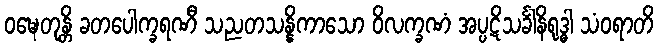
ဝဍ္ဎေတုန္တိ ခတပေါက္ခရဏီ သညတသန္နိကာသော ဝိလက္ခဏံ အပ္ပဋိသင်္ခါနိရုဒ္ဓါ သံဝရာတိ